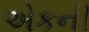
એકની